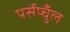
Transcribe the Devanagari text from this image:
पर्सेप्चुँल